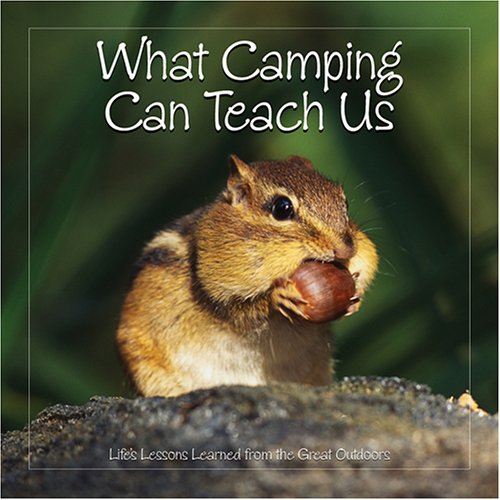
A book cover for What Camping Can Teach Us: Life's Lessons Learned From The Great Outdoors; Willow Creek Press; Children's Books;